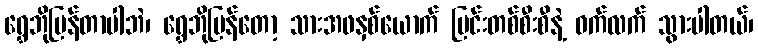
ရွှေဘိုပြန်တာပါဘဲ၊ ရွှေဘိုပြန်တော့ သားအဖနှစ်ယောက် မြင်းတစ်စီးစီနဲ့ ဝက်လက် သွားပါတယ်၊